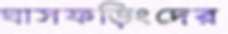
ঘাসফড়িংদের